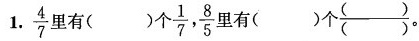
1.\frac{4}{7} 里有()个 \frac{1}{7}, \frac{8}{5}里有()个\frac{（）}{（）}。